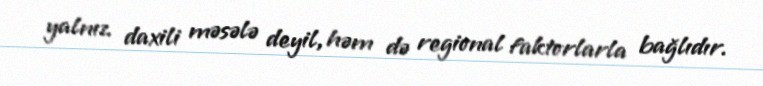
yalnız daxili məsələ deyil, həm də regional faktorlarla bağlıdır.